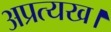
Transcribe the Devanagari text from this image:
अप्रत्यख।